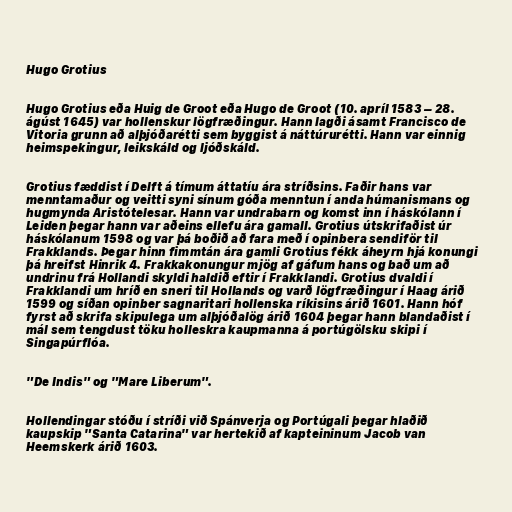
Hugo Grotius

Hugo Grotius eða Huig de Groot eða Hugo de Groot (10. apríl 1583 – 28.
ágúst 1645) var hollenskur lögfræðingur. Hann lagði ásamt Francisco de
Vitoria grunn að alþjóðarétti sem byggist á náttúrurétti. Hann var einnig
heimspekingur, leikskáld og ljóðskáld.

Grotius fæddist í Delft á tímum áttatíu ára stríðsins. Faðir hans var
menntamaður og veitti syni sínum góða menntun í anda húmanismans og
hugmynda Aristótelesar. Hann var undrabarn og komst inn í háskólann í
Leiden þegar hann var aðeins ellefu ára gamall. Grotius útskrifaðist úr
háskólanum 1598 og var þá boðið að fara með í opinbera sendiför til
Frakklands. Þegar hinn fimmtán ára gamli Grotius fékk áheyrn hjá konungi
þá hreifst Hinrik 4. Frakkakonungur mjög af gáfum hans og bað um að
undrinu frá Hollandi skyldi haldið eftir í Frakklandi. Grotius dvaldi í
Frakklandi um hríð en sneri til Hollands og varð lögfræðingur í Haag árið
1599 og síðan opinber sagnaritari hollenska ríkisins árið 1601. Hann hóf
fyrst að skrifa skipulega um alþjóðalög árið 1604 þegar hann blandaðist í
mál sem tengdust töku holleskra kaupmanna á portúgölsku skipi í
Singapúrflóa.

"De Indis" og "Mare Liberum".

Hollendingar stóðu í stríði við Spánverja og Portúgali þegar hlaðið
kaupskip "Santa Catarina" var hertekið af kapteininum Jacob van
Heemskerk árið 1603.